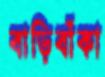
বাড়িবাঁকা